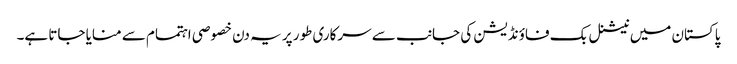
پاکستان میں نیشنل بک فاؤنڈیشن کی جانب سے سرکاری طور پر یہ دن خصوصی اہتمام سے منایا جاتا ہے۔